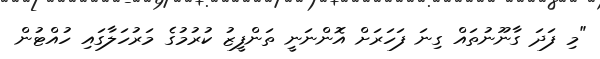
"މި ފަދަ ގާނޫނުތައް ގިނަ ފަހަރަށް އޮންނަނީ ތަންފީޒު ކުރުމުގެ މަރުހަލާގައި ހުއްޓުން